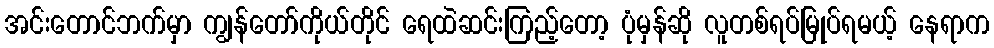
အင်းတောင်ဘက်မှာ ကျွန်တော်ကိုယ်တိုင် ရေထဲဆင်းကြည့်တော့ ပုံမှန်ဆို လူတစ်ရပ်မြုပ်ရမယ့် နေရာက